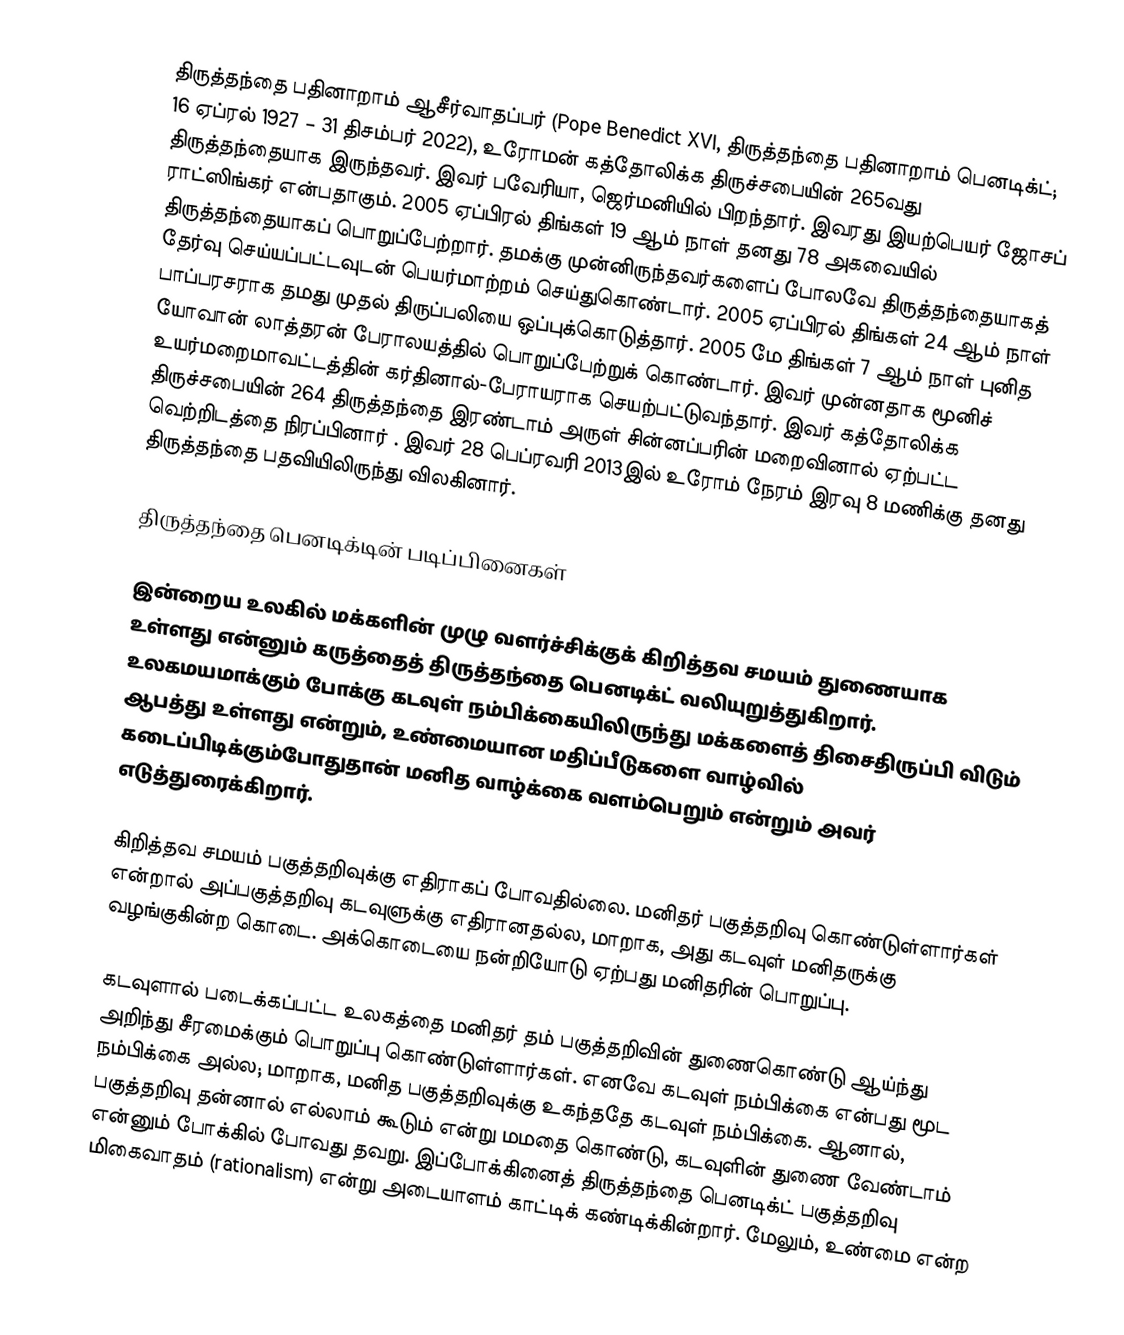
திருத்தந்தை பதினாறாம் ஆசீர்வாதப்பர் (Pope Benedict XVI, திருத்தந்தை பதினாறாம் பெனடிக்ட்; 16 ஏப்ரல் 1927 – 31 திசம்பர் 2022), உரோமன் கத்தோலிக்க திருச்சபையின் 265வது திருத்தந்தையாக இருந்தவர். இவர் பவேரியா, ஜெர்மனியில் பிறந்தார். இவரது இயற்பெயர் ஜோசப் ராட்ஸிங்கர் என்பதாகும். 2005 ஏப்பிரல் திங்கள் 19 ஆம் நாள் தனது 78 அகவையில் திருத்தந்தையாகப் பொறுப்பேற்றார். தமக்கு முன்னிருந்தவர்களைப் போலவே திருத்தந்தையாகத் தேர்வு செய்யப்பட்டவுடன் பெயர்மாற்றம் செய்துகொண்டார். 2005 ஏப்பிரல் திங்கள் 24 ஆம் நாள் பாப்பரசராக தமது முதல் திருப்பலியை ஒப்புக்கொடுத்தார். 2005 மே திங்கள் 7 ஆம்  நாள் புனித யோவான் லாத்தரன் பேராலயத்தில்  பொறுப்பேற்றுக் கொண்டார்.  இவர் முன்னதாக மூனிச் உயர்மறைமாவட்டத்தின் கர்தினால்-பேராயராக செயற்பட்டுவந்தார். இவர் கத்தோலிக்க திருச்சபையின் 264 திருத்தந்தை இரண்டாம் அருள் சின்னப்பரின் மறைவினால் ஏற்பட்ட வெற்றிடத்தை நிரப்பினார் . இவர் 28 பெப்ரவரி 2013இல் உரோம் நேரம் இரவு 8 மணிக்கு தனது திருத்தந்தை பதவியிலிருந்து விலகினார்.

திருத்தந்தை பெனடிக்டின் படிப்பினைகள்

இன்றைய உலகில் மக்களின் முழு வளர்ச்சிக்குக் கிறித்தவ சமயம் துணையாக உள்ளது என்னும் கருத்தைத் திருத்தந்தை பெனடிக்ட் வலியுறுத்துகிறார். உலகமயமாக்கும் போக்கு கடவுள் நம்பிக்கையிலிருந்து மக்களைத் திசைதிருப்பி விடும் ஆபத்து உள்ளது என்றும், உண்மையான மதிப்பீடுகளை வாழ்வில் கடைப்பிடிக்கும்போதுதான் மனித வாழ்க்கை வளம்பெறும் என்றும் அவர் எடுத்துரைக்கிறார்.

கிறித்தவ சமயம் பகுத்தறிவுக்கு எதிராகப் போவதில்லை. மனிதர் பகுத்தறிவு கொண்டுள்ளார்கள் என்றால் அப்பகுத்தறிவு கடவுளுக்கு எதிரானதல்ல, மாறாக, அது கடவுள் மனிதருக்கு வழங்குகின்ற கொடை. அக்கொடையை நன்றியோடு ஏற்பது மனிதரின் பொறுப்பு.

கடவுளால் படைக்கப்பட்ட உலகத்தை மனிதர் தம் பகுத்தறிவின் துணைகொண்டு ஆய்ந்து அறிந்து சீரமைக்கும் பொறுப்பு கொண்டுள்ளார்கள். எனவே கடவுள் நம்பிக்கை என்பது மூட நம்பிக்கை அல்ல; மாறாக, மனித பகுத்தறிவுக்கு உகந்ததே கடவுள் நம்பிக்கை. ஆனால், பகுத்தறிவு தன்னால் எல்லாம் கூடும் என்று மமதை கொண்டு, கடவுளின் துணை வேண்டாம் என்னும் போக்கில் போவது தவறு. இப்போக்கினைத் திருத்தந்தை பெனடிக்ட் பகுத்தறிவு மிகைவாதம் (rationalism) என்று அடையாளம் காட்டிக் கண்டிக்கின்றார். மேலும், உண்மை என்ற